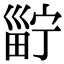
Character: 𤲑